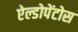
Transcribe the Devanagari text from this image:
ऐल्डोपेंटोस